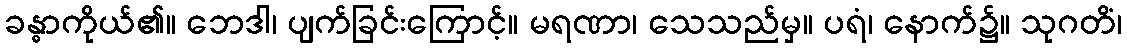
ခန္ဓာကိုယ်၏။ ဘေဒါ၊ ပျက်ခြင်းကြောင့်။ မရဏာ၊ သေသည်မှ။ ပရံ၊ နောက်၌။ သုဂတိံ၊